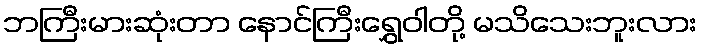
ဘကြီးမားဆုံးတာ နောင်ကြီးရွှေဝါတို့ မသိသေးဘူးလား